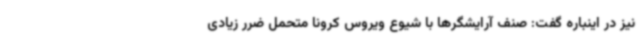
نیز در اینباره گفت: صنف آرایشگرها با شیوع ویروس کرونا متحمل ضرر زیادی